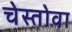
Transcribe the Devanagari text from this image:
चेस्तोवा